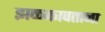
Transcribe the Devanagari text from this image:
झळकावताना